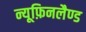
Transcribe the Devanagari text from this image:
न्यूफ़िनलैण्ड